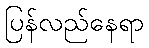
ပြန်လည်နေရာ